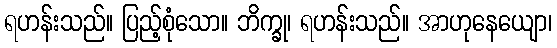
ရဟန်းသည်။ ပြည့်စုံသော။ ဘိက္ခု၊ ရဟန်းသည်။ အာဟုနေယျော၊